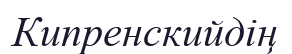
Кипренскийдің